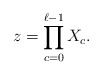
\begin{align*}z=\prod_{c=0}^{\ell-1} X_c.\end{align*}